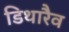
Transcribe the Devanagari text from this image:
डिथारैव